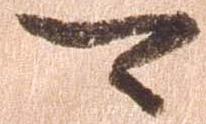
可